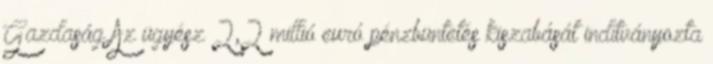
Gazdaság Az ügyész 2,2 millió euró pénzbüntetés kiszabását indítványozta